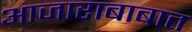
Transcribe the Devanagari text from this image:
आजाराबाबात